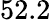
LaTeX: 52.2